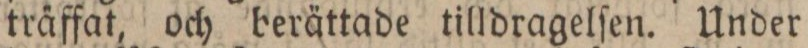
träffat, och berättade tilldragelſen. Under